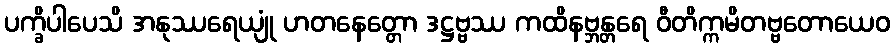
ပက္ခိပါပေသိ အနုဿရေယျုံ ဟတနေတ္တော ဒဋ္ဌဗ္ဗဿ ကထိနဗ္ဘန္တရေ ဝီတိက္ကမိတဗ္ဗတောယေဝ